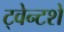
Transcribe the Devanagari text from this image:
ट्वेन्टशे